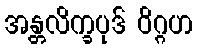
အန္တလိက္ခပုဒ် ဝိဂ္ဂဟ